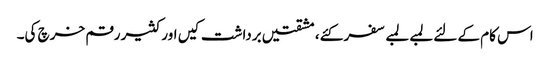
اس کام کے لئے لمبے لمبے سفر کئے، مشقتیں برداشت کیں اور کثیر رقم خرچ کی۔